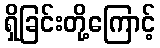
ရှိခြင်းတို့ကြောင့်